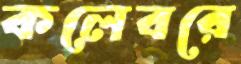
কলেবরে